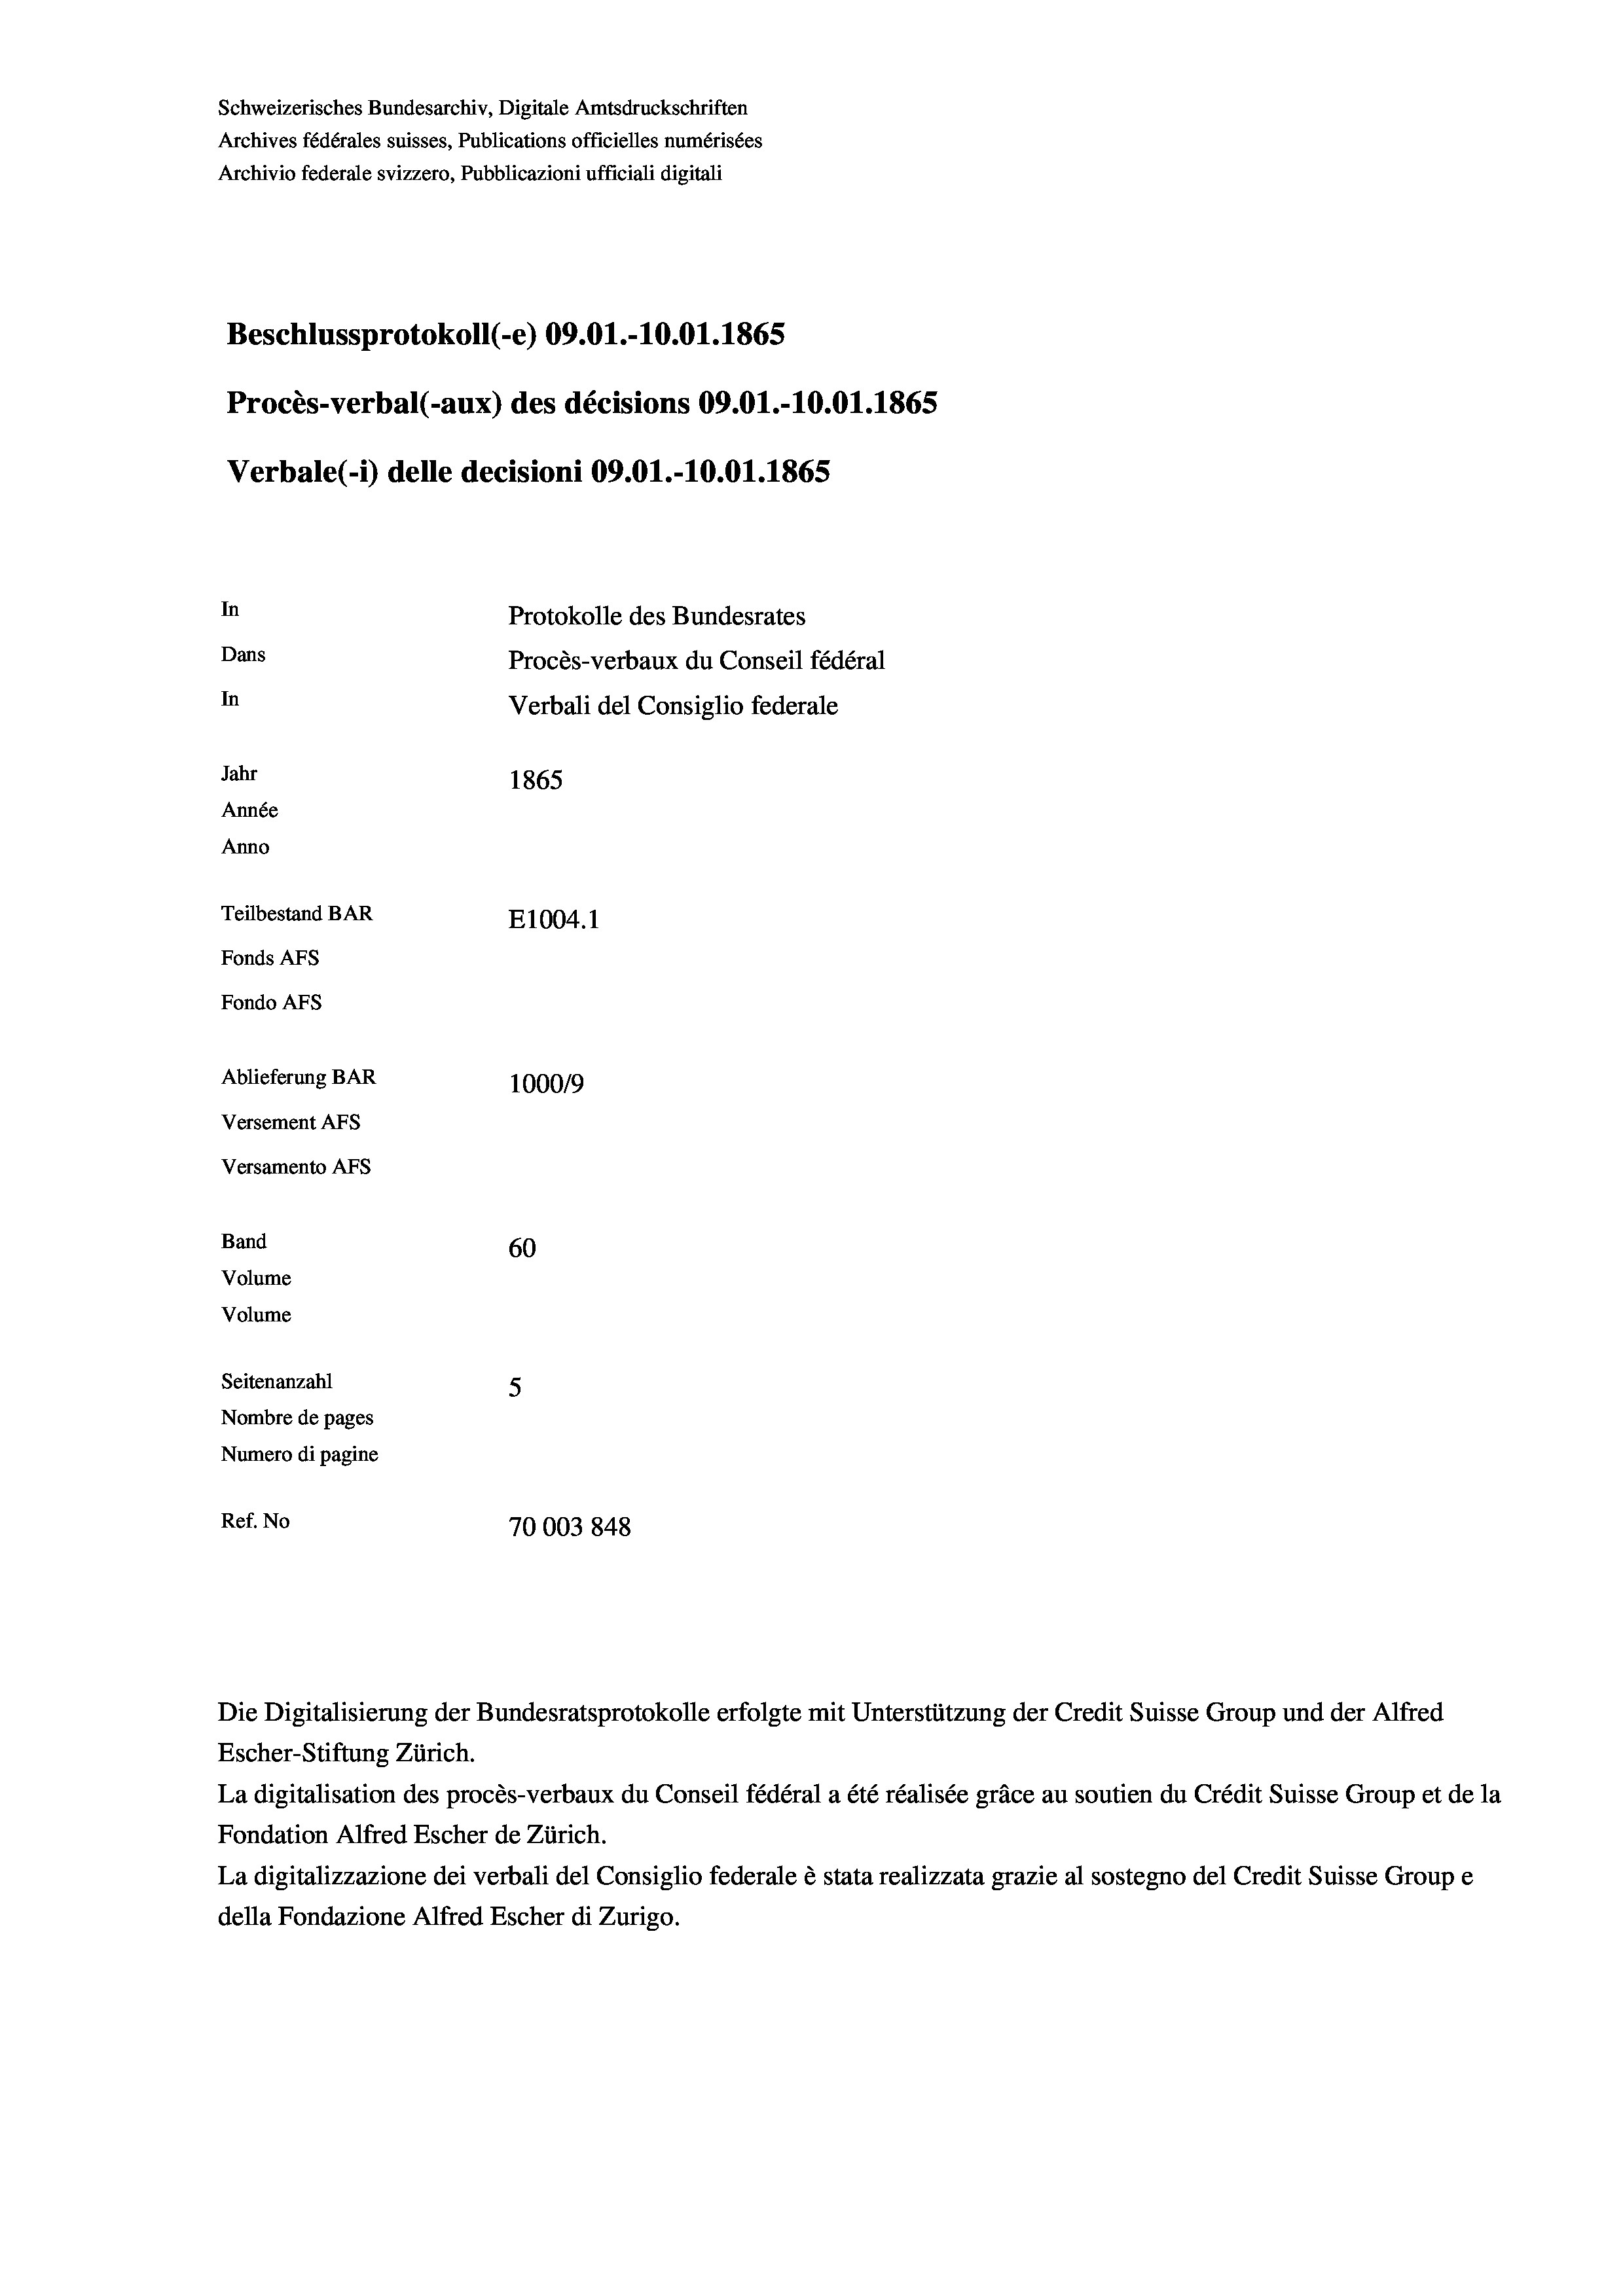
Schweizerisches Bundesarchiv, Digitale Amtsdruckschriften
Archives fédérales suisses, Publications officielles numérisées
Archivio federale svizzero, Pubblicazioni ufficiali digitali
Beschlussprotokoll (-e) 09.01.-10.01. 1865
Procès-verbal (-aux) des décisions 09.01.-10.01. 1865
Verbale(*) delle decisioni 09.01.-10.01. 1865
In
Protokolle des Bundesrates
Dans
Procès-verbaux du Conseil fédéral
In
Verbali del Consiglio federale
Jahr
1865
Année
Anno
Teilbestand BAR
E1004.1
Fonds AFs
Fondo AFS
Ablieferung BAR
100019
Versement AFs
Versamento AFs
Band
60
Volume
Volume
Seitenanzahl
5
Nombre de pages
Numero di pagine
Ref. No
70003 848

La digitalisation des procès-verbaux du Conseil fédéral a été réalisée gräce au soutien du Crédit Suisse Group et de la
Fondation Alfred Escher de Zürich.
La digitalizzazione dei verbali del Consiglio federale è stata realizzata grazie al sostegno del Credit Suisse Groupe
della Fondazione Alfred Escher di Zurigo.

Die Digitalisierung der Bundesratsprotokolle erfolgte mit Unterstützung der Credit Suisse Group und der Alfred
Escher-Stiftung Zürich.